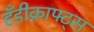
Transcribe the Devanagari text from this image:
हँडीक्राफ्ट्स